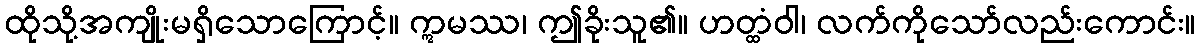
ထိုသို့အကျိုးမရှိသောကြောင့်။ ဣမဿ၊ ဤခိုးသူ၏။ ဟတ္ထံဝါ၊ လက်ကိုသော်လည်းကောင်း။